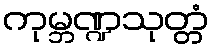
ကုမ္ဘဏ္ဍသုတ္တံ